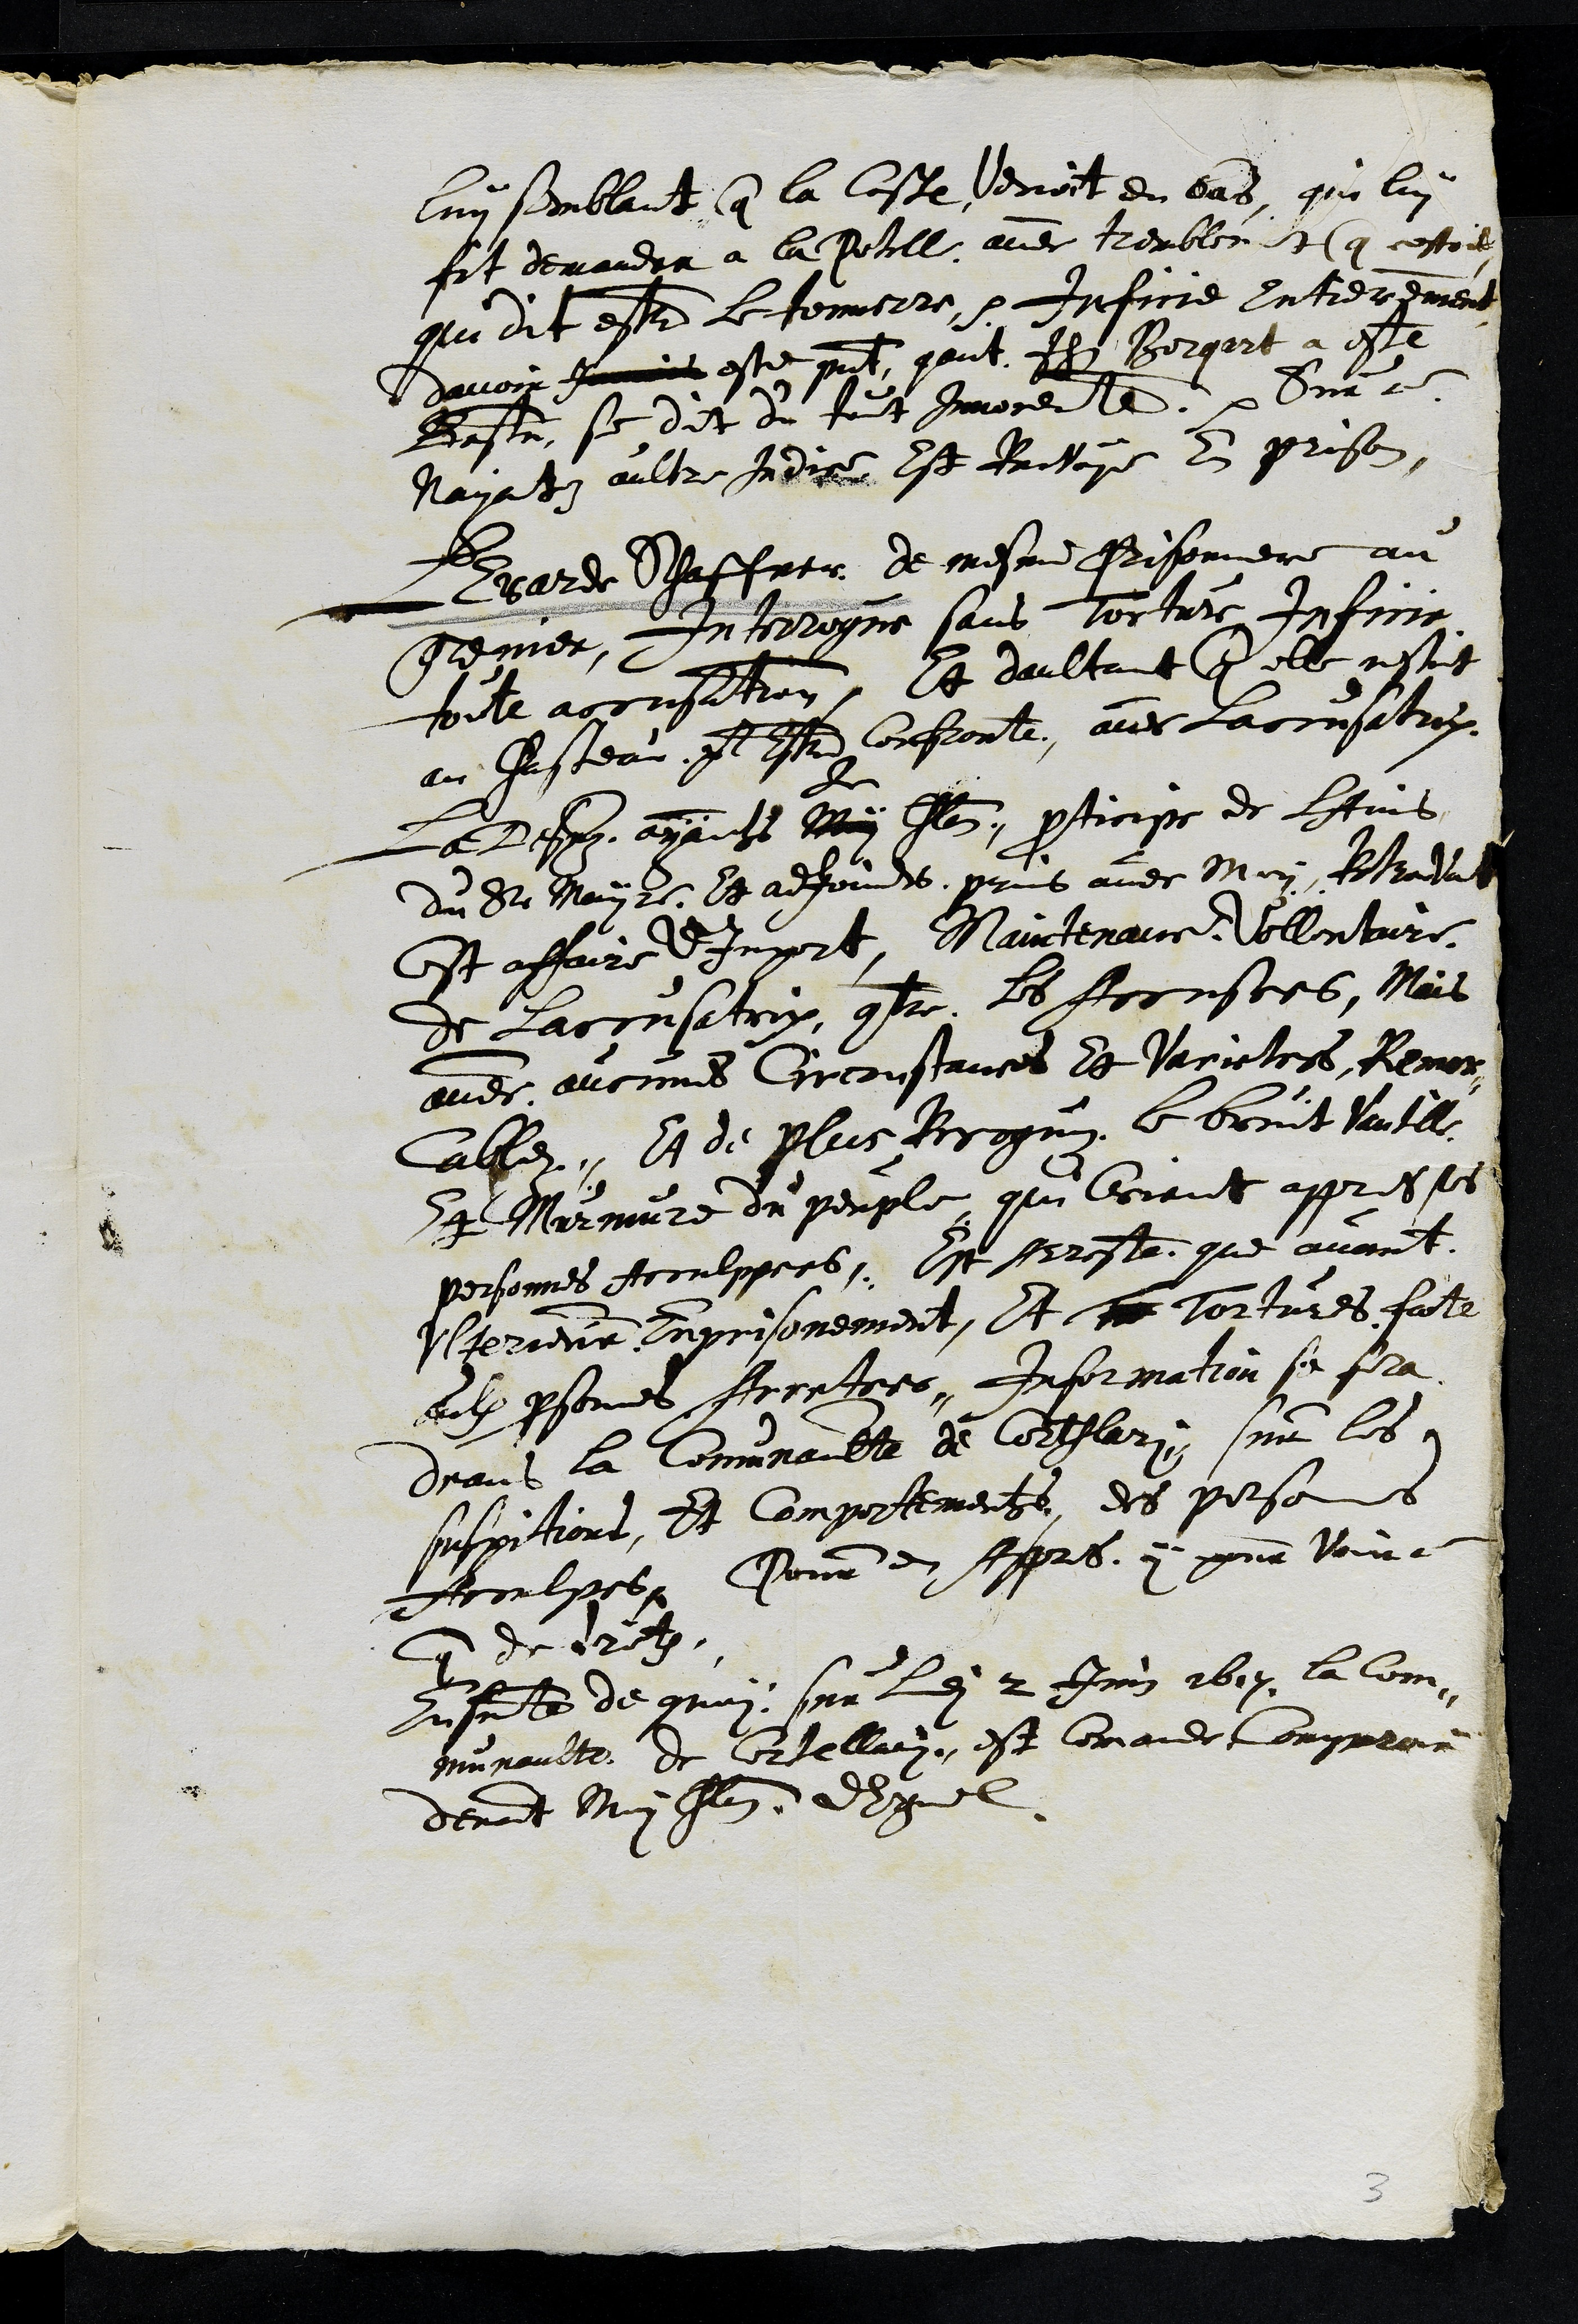
luy semblant que la leste denoit en bas qui lui
fit demandra a la Potille avec trembletque cestoit
qui dit estre le touverre. Inficie Intrerdmment
davoir sauvoit este present, qeut flz Borgart a esté
Baste, se dit du tout Invocerle. Surc
Nayaty aultre Indise Est Rachaye en prison
Barde Caffrre de mesme Pisoniere au
grenier, Interrogne sans torture Inficie
foile accusation, Et daultont que elle nestoit
au Chasteau et lstrd corfronte, avec laccusatiox.
La lespz ayants May
de
flon, prticipe de lAins
du St Main 21. E adjoints, prus avec Mistre Rotradat
est affaire dImport, Maintenaue Vollenture,
de Laccusetrix, contre. ls Hornstes, Mais
avec aucunes circonstances et varictess Remor
Cablez, Et de plus Perogne 6 bruit Vautil
a Marniure ou perple qui vriant appres ses
pertonnes Aroulppers. Est Breste que avant
Vterriene Enprisonnement, et la tortures fate
eulx persemes Arcetres. Information se fla
deans la Commnaulte de Courtlari, nr les
suspitions Et comportement, des pesos
Acoulfes, Pour en Appres, y present vove
uue de 1ret.
rusresentem de grui, sur le 2 Jnm 1614 la Com,
Munaulte de Cortellain, est Cemaide ompproir
devant Muy fln dsquel
3